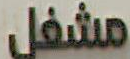
مشغل